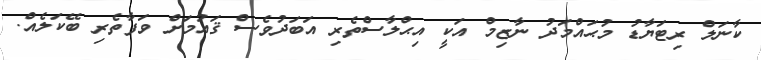
ކާނަލް ރިޓަޔާޑު މުޙައްމަދު ނާޒިމް އަކީ އިޙްލާސްތެރި އަބަދުވެސް ޤައުމަށް ވަފާތެރި ބޭކަލެއް.